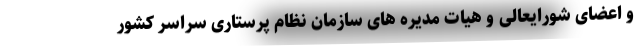
و اعضای شورایعالی و هیات مدیره های سازمان نظام پرستاری سراسر کشور